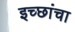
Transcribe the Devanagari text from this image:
इच्छांचा